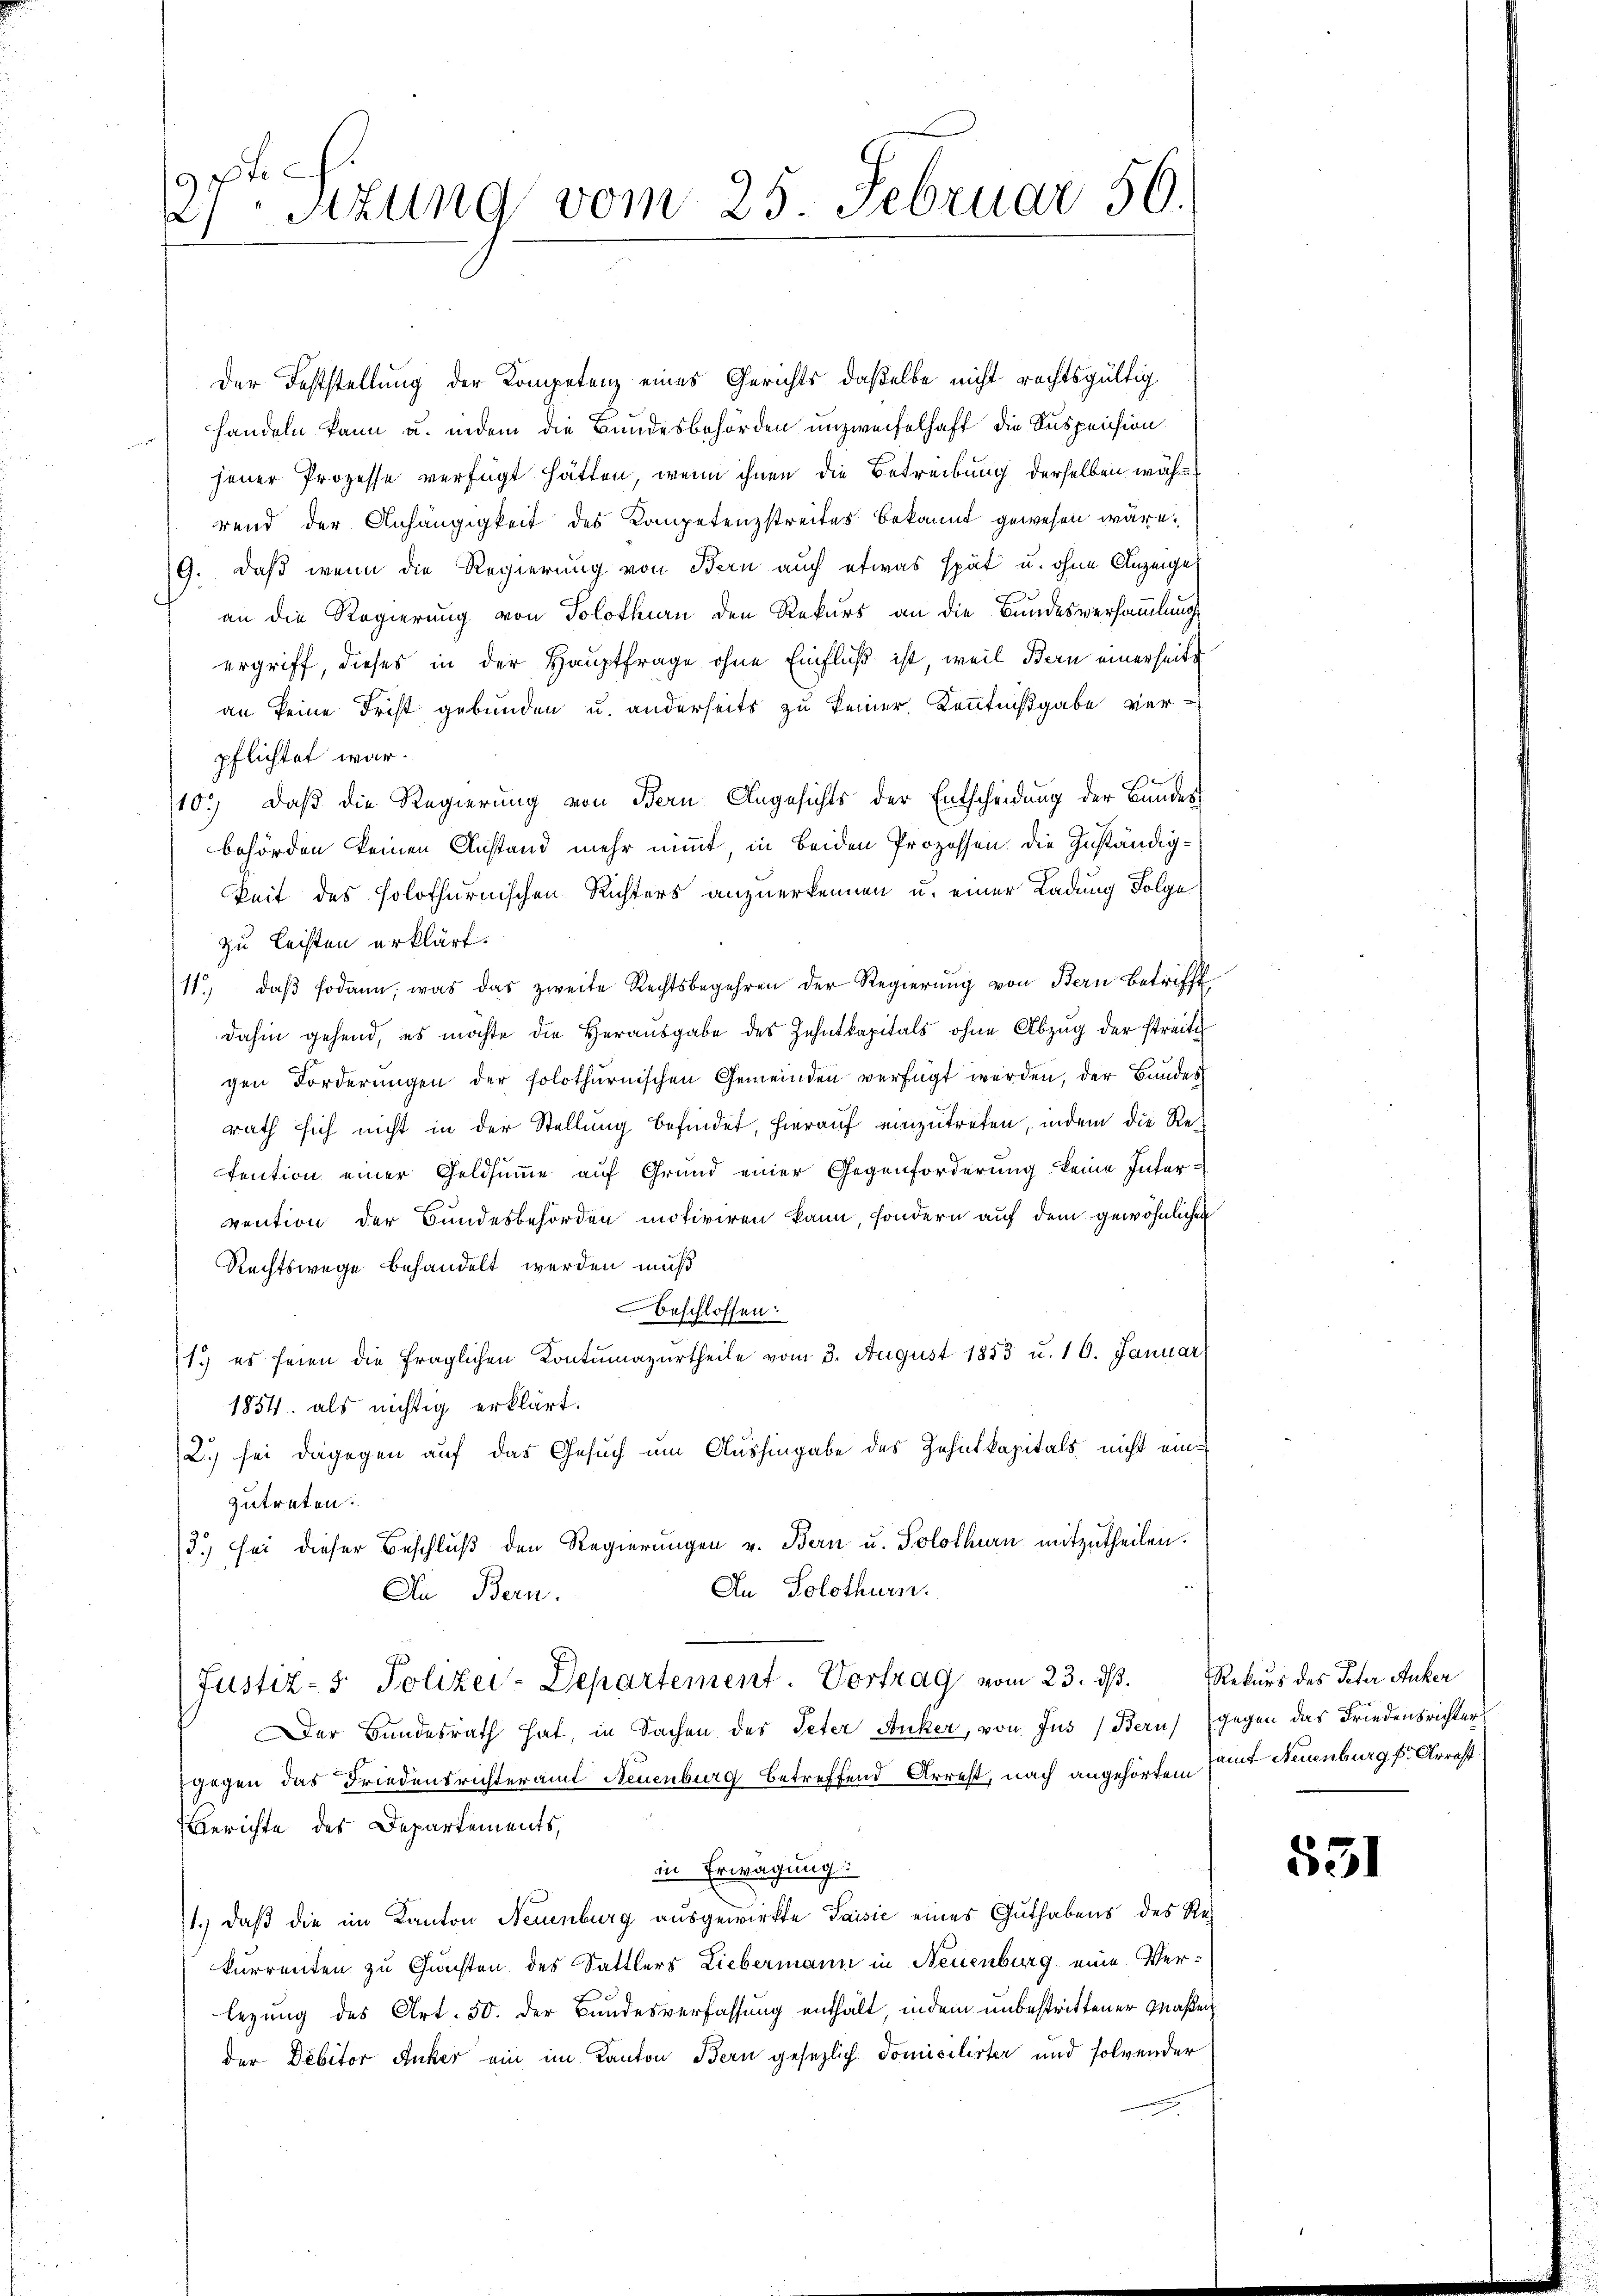
pfe
e
Sitzung vom 25. Februar 50.

Der Feststellung der Kompetenz eines Gerichts daßelbe nicht rechtsgültig
handeln kann u. indem die Bundesbehörden unzweifelhaft die Suspension
jener Prozesse verfügt hätten, wenn ihnen die Betreibung derselben während der Anhängigkeit des Kompetenzstreites bekannt gewesen wäre.
19. Daß wenn die Regierung von Bern auch etwas spät u. ohne Anzeiges
an die Regierung von Solothurn den Rekurs an die Bundesversammlung
ergriff, dieses in der Hauptfrage ohne Einfluß ist, weil Bern einerseits
an keine Frist gebunden u. anderseits zu keiner Kenntnißgabe verpflichtet war.
10.) Daß die Regierung von Bern Angesichts der Entscheidung der Bundes
behörden keinen Anstand mehr nimmt in beiden Prozessen die Zuständigkeit des solothurnischen Richters anzuerkennen u. einer Ladung Folge
zu leisten erklärt.
11. daβ sodann, was das zweite Rechtsbegehren der Regierŭng von Bern betrifft
dahin gehend, es möchte die Herausgabe des Zehntkapitals ohne Abzug der streiti
gen Forderŭngen der solothurnischen Gemeinden verfügt werden, der Bundes
rath sich nicht in der Stellung befindet, hierauf einzutreten, indem die Retention einer Geldsumme auf Grund einer Gegenforderung keine Intervention der Bundesbehörden motiviren kann, sondern auf dem gewöhnlichen
Rechtswege behandelt werden muß
beschlossen:
1.) es seien die fraglichen Kontumazurtheile vom 3. August 1853 u. 10. Januar
1854. als nichtig erklärt.
2.) sei dagegen auf das Gesuch um Aushingabe des Zehntkapitals nicht einzutreten.
3) sei dieser Beschluß den Regierungen v. Bern u. Solothurn mitzutheilen.
An Solothurn.
Ai Bern.
Justiz- & Polizei-Departement. Vortrag vom 23. ds. Rekurs des Peter Auker
Der Bundesrath hat, in Sachen des Peter Sonker, von Jus (Bern) gegen das Friedensrichters
gegen das Friedensrichteramt Neuenburg betreffend Arrest, nach angehörten mit Neuenburg Arrest
Berichte des Departements,
in Erwägung:
1., daß die im Kanton Neuenburg ausgewirkte Saisić eines Guthabens des Rekurrenten zu Gunsten des Sattlers Liebermann in Neuenburg eine Verlegung des Art. 50. der Bundesverfassung enthält, indem unbestrittener Maßen
der Debitor Anker ein im Kanton Bern gesezlich Domicilirter und folgender

531